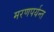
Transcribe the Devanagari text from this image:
मरणपर्यन्त